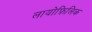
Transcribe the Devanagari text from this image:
लायोफ़िलिक